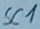
Text: SC1